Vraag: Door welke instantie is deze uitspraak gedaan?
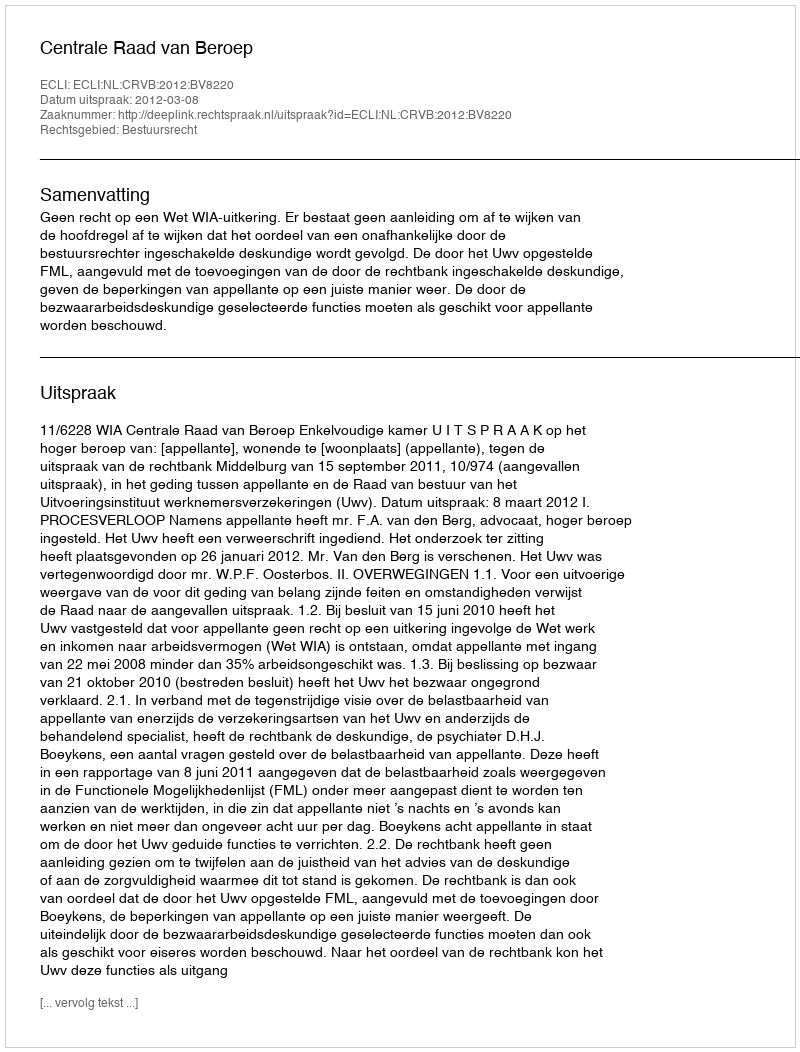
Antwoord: Centrale Raad van Beroep